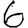
Digit: 6